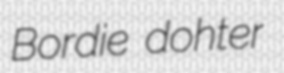
Bordie dohter